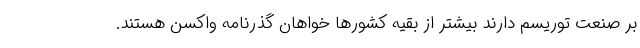
بر صنعت توریسم دارند بیشتر از بقیه کشورها خواهان گذرنامه واکسن هستند.